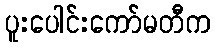
ပူးပေါင်းကော်မတီက